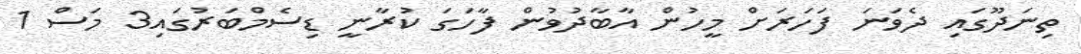
ތިނަދޫގައި ދެވަނަ ފަހަރަށް މީހުން އާބާދުވުން ފާހަގަ ކުރާނީ ޑިސެމްބަރުގައި3 މަސް 1